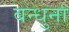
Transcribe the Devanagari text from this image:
बन्धुना